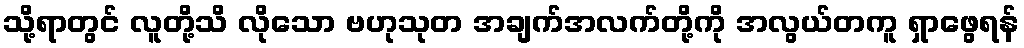
သို့ရာတွင် လူတို့သိ လိုသော ဗဟုသုတ အချက်အလက်တို့ကို အလွယ်တကူ ရှာဖွေရန်